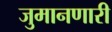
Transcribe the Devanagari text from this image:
जुमानणारी